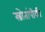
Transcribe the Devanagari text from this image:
स्त्रोतांपीकी